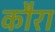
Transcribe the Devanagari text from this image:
कौरा